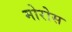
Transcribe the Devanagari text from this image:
मोरोस